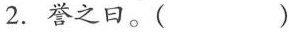
2.\underset{·}{誉}之日。( )